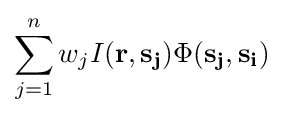
\sum _{j=1}^{n}w_{j}I(\mathbf {r} ,\mathbf {s_{j}} )\Phi (\mathbf {s_{j}} ,\mathbf {s_{i}} )